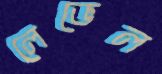
লেভেল